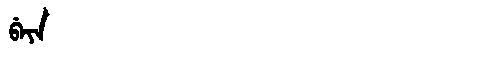
Manchu: ᠪᡝᠶᡝ
Romanization: BEYE